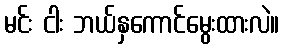
မင်း ငါး ဘယ်နှကောင်မွေးထားလဲ။